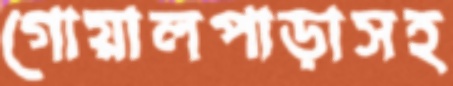
গোয়ালপাড়াসহ